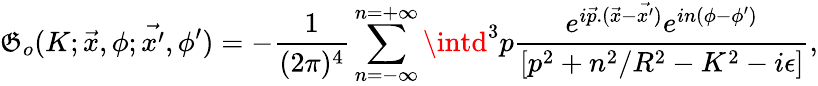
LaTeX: \mathfrak{G}_{o}(K;\vec{{x}},\phi;\vec{{x^{\prime}}},\phi^{\prime})=-\frac{{1}}{{(2\pi)^{4}}}\sum_{n=-\infty}^{n=+\infty}\intd^{3}p\frac{{e^{i\vec{{p}}.(\vec{{x}}-\vec{{x^{\prime}}})}e^{in(\phi-\phi^{\prime})}}}{{[p^{2}+n^{2}/R^{2}-K^{2}-i\epsilon]}},